Medical and sanitary report of the native army of Bengal for the year
Year: 1874
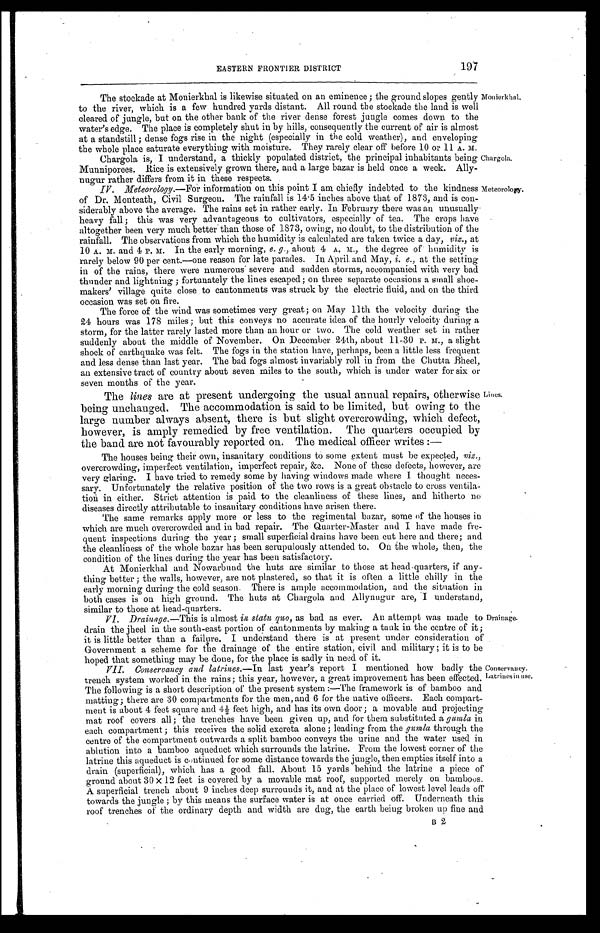
197
EASTERN FRONTIER DISTRICT
The stockade at Monierkhal is likewise situated on an eminence ; the ground slopes gently
to the river, which is a few hundred yards distant. All round the stockade the land is well
cleared of jungle, but on the other bank of the river dense forest jungle comes down to the
water's edge. The place is completely shut in by hills, consequently the current of air is almost
at a standstill ; dense fogs rise in the night (especially in the cold weather), and enveloping
the whole place saturate everything with moisture. They rarely clear off before 10 or 11 A. M.
Chargola is, I understand, a thickly populated district, the principal inhabitants being
Munniporees. Rice is extensively grown there, and a large bazar is held once a week. Ally-
nugur rather differs from it in these respects.
Monierkhal.
Chargola.
IV. Meteorology.—For information on this point I am chiefly indebted to the kindness
of Dr. Monteath, Civil Surgeon. The rainfall is 14 . 5 inches above that of 1873, and is con-
siderably above the average. The rains set in rather early. In February there was an unusually
heavy fall; this was very advantageous to cultivators, especially of tea. The crops have
altogether been very much better than those of 1873, owing, no doubt, to the distribution of the
rainfall. The observations from which the humidity is calculated are taken twice a day, viz., at
10 A. m. and 4 P. M. In the early morning, e. g., about 4 A. M., the degree of humidity is
rarely below 90 per cent.—one reason for late parades. In April. and May, i. e., at the setting
in of the rains, there were numerous' severe and sudden storms, accompanied with very bad
thunder and lightning ; fortunately the lines escaped; on three separate occasions a small shoe-
makers' village quite close to cantonments was struck by the electric fluid, and on the third
occasion was set on fire.
The force of the wind was sometimes very great ; on May 11th the velocity during the
21 hours was 178 miles ; but this conveys no accurate idea of the hourly velocity during a
storm, for the latter rarely lasted more than an hour or two. The cold weather set in rather
suddenly about the middle of November. On December 24th, about 11-30 P.M., a slight
shock of earthquake was felt. The fogs in the station have, perhaps, been a little less frequent
and less dense than last year. The bad fogs almost invariably roll in from the Chutta Bheel,
an extensive tract of country about seven miles to the south, which is under water for six or
seven months of the year.
Meteorology.
The lines are at present undergoing the usual annual repairs, otherwise
being unchanged. The accommodation is said to be limited, but owing to the
large number always absent, there is but slight overcrowding, which defect,
however, is amply remedied by free ventilation. The quarters occupied by
the band are not favourably reported on. The medical officer writes :—
The houses being their own, insanitary conditions to some extent must be expected, viz.,
overcrowding, imperfect ventilation, imperfect repair, &c. None of these defects, however, are
very glaring. I have tried to remedy some by having windows made where I thought neces-
sary. Unfortunately the relative position of the two rows is a great obstacle to cross ventila-
tion in either. Strict attention is paid to the cleanliness of these lines, and hitherto
n o d i s e a s e s d i r e c t l y a t t r i b u t a b l e t o i n s a n i t a r y c o n d i t i o n s h a v e a r i s e n t h e r e .
The same remarks apply more or less to the regimental bazar, some of the houses in
which are much overcrowded and in bad repair. The Quarter-Master and I have made fre-
quent inspections during the year ; small superficial drains have been cut here and there; and
the cleanliness of the whole bazar has been scrupulously attended to. On the whole, then, the
condition of the lines during the year has been satisfactory.
At Monierkhal and Nowarbund the huts are similar to those at head-quarters, if any-
thing better ; the walls, however, are not plastered, so that it is often a little chilly in the
early morning during the cold season. There is ample accommodation, and the situation in
both cases is on high ground. The huts at Chargola and Allynugur are, I understand,
similar to those at head-quarters.
VI. Drainage.— This is almost in statu quo, as bad as ever. An attempt was made to
drain the jheel in the south-east portion of cantonments by making a tank in the centre of it;
it is little better than a failure. I understand there is at present under consideration of
Government a scheme for die drainage of the entire station, civil and military ; it is to be
honed that something may be done, for the place is sadly in need of it.
Lines.
Drainage,
VII. Conservancy and latrines.—In last year's report I mentioned how badly the
trench system worked in the rains; this year, however, a great improvement has been effected.
The following is a short description of the present system :—The framework is of bamboo and
matting; there are 30 compartments for the men, and 6 for the native officers. Each compart-
ment i s about 4 feet square and 4 1/ 2 feet hi gh, and has i t s own door ; a movabl e and proj ect i ng
mat roof covers all ; the trenches have been given up, and for them substituted a gumla in
each compartment ; this receives the solid excreta alone ; leading from the gumla through the
centre of the compartment outwards a split bamboo conveys the urine and the water used in
ablution into a bamboo aqueduct which surrounds the latrine. From the lowest corner of the
latrine this aqueduct is continued for some distance towards the jungle, then empties itself into a
drain (superficial), which has a good fall. About 15 yards behind the latrine a piece of
ground about 30 × 12 feet is covered by a movable mat roof, supported merely on bamboos.
A superficial trench about 9 inches deep surrounds it, and at the place of lowest level leads off
towards the jungle ; by this means the surface water is at once carried off. Underneath this
roof trenches of the ordinary depth and width are dug, the earth being broken up fine and
Conservancy.
Latrines in use.
B 2